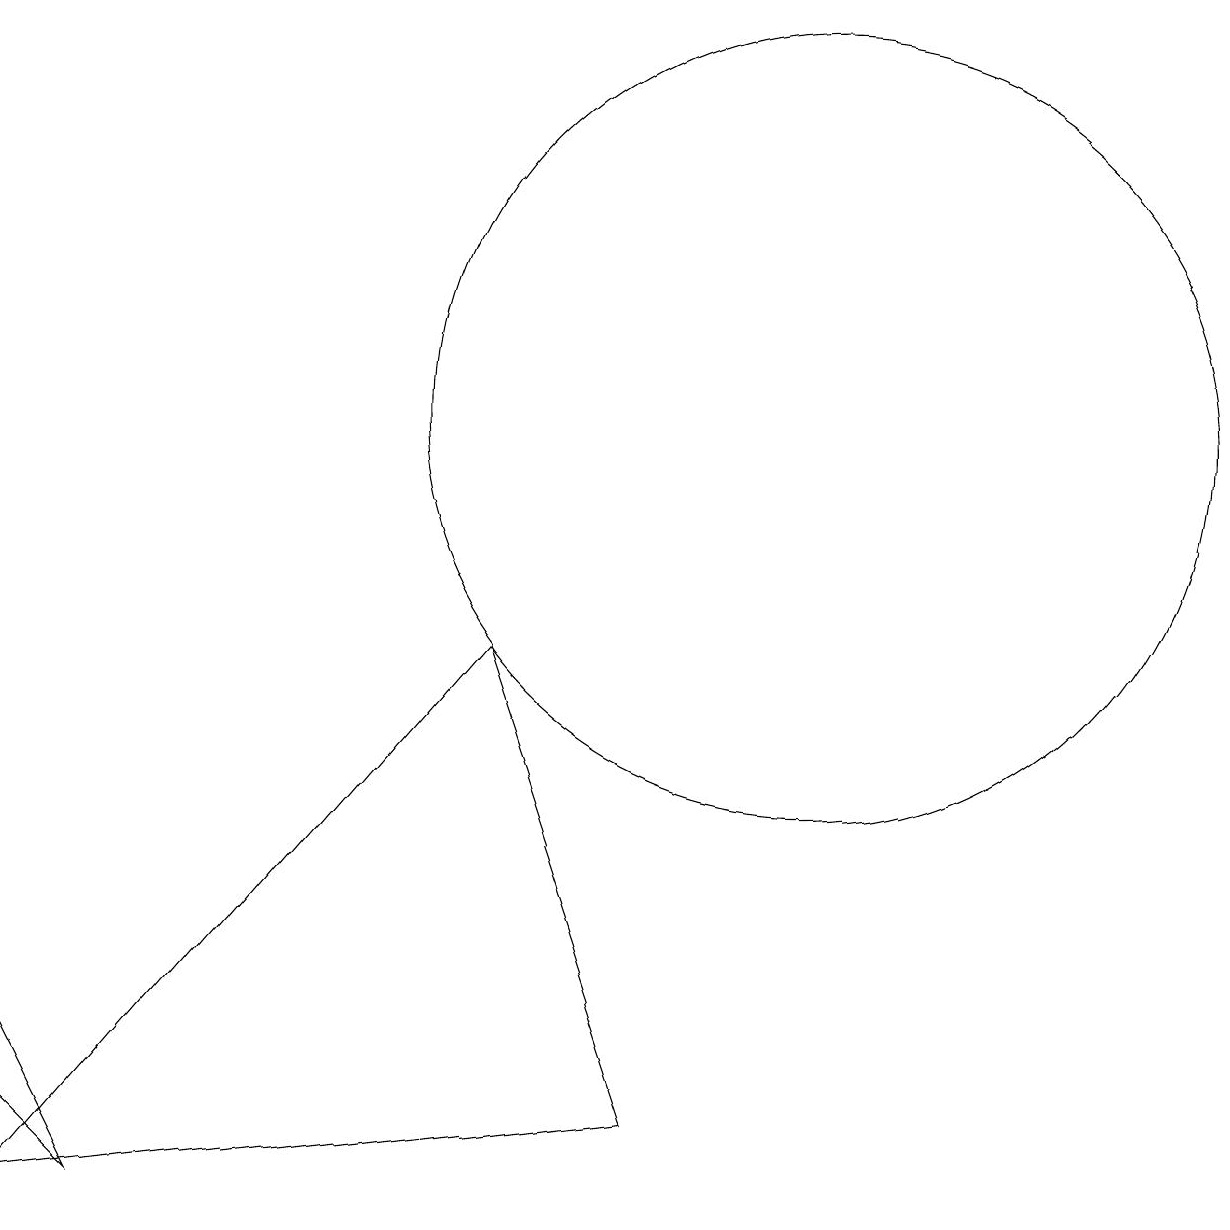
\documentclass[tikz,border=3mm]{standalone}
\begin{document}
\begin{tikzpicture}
\draw (9,1) -- (7,7) -- (1,0) -- cycle;
\draw (11,10) circle (5);
\draw (1,1) -- (2,0) -- (1,2) -- cycle;
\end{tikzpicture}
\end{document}